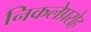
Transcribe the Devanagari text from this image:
निकलेप्ररोह